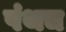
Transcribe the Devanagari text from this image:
पंथच